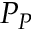
P _ { P }